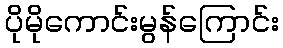
ပိုမိုကောင်းမွန်ကြောင်း